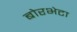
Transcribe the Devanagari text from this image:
बोरभेटा